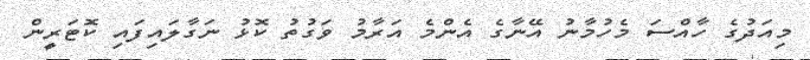
މިއަދުގެ ހާއްސަ މެހުމާނު އޭނާގެ އެންމެ އަރާމު ވަގުތު ކޮޅު ނަގާލައިފައި ކޮޓަރީން